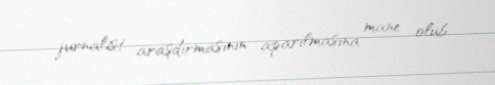
jurnalist araşdırmasının aparılmasına mane olub.